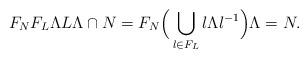
LaTeX: \begin{align*}F_N F_L \Lambda L \Lambda \cap N = F_N\Big( \bigcup_{l \in F_L} l \Lambda l^{-1}\Big) \Lambda = N.\end{align*}